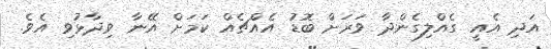
އަދި އެއީ ގެއްލިގެންދާ ވަަރަށް ބޮޑު އެއްޗެއް ކަމަށް އޭނާ ވިދާޅުވި އެވެ.